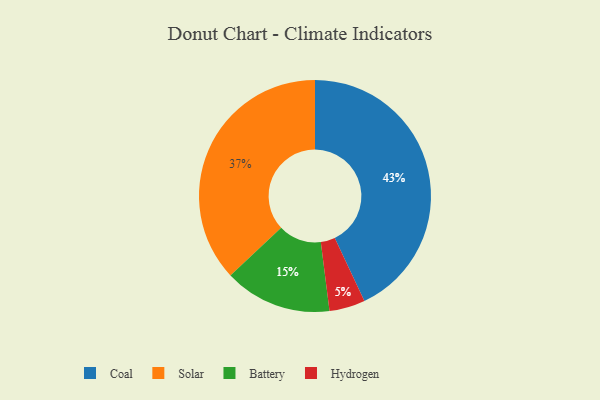
{"axis": {"x": "Category", "y": "Percentage"}, "legend": ["Battery", "Coal", "Hydrogen", "Solar"], "data": [{"x": "Solar", "y": 37, "type": "Solar"}, {"x": "Coal", "y": 43, "type": "Coal"}, {"x": "Hydrogen", "y": 5, "type": "Hydrogen"}, {"x": "Battery", "y": 15, "type": "Battery"}]}